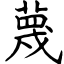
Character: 蔑